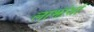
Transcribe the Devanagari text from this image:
लाभांशो